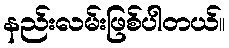
နည်းလမ်းဖြစ်ပါတယ်။